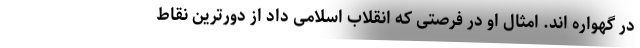
در گهواره اند. امثال او در فرصتی که انقلاب اسلامی داد از دورترین نقاط